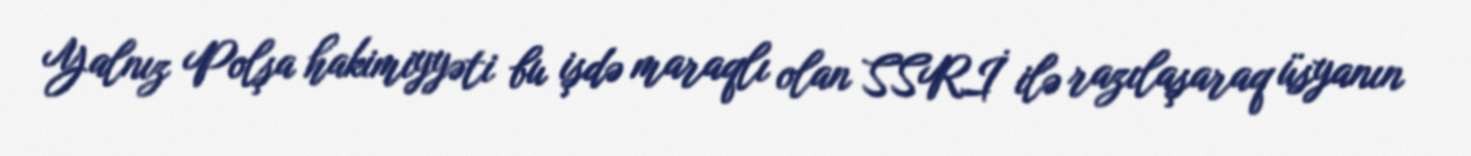
Yalnız Polşa hakimiyyəti bu işdə maraqlı olan SSRİ ilə razılaşaraq üsyanın